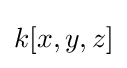
k[x,y,z]